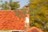
સરવરીયા